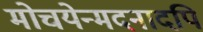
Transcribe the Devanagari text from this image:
मोचयेन्मदनादपि